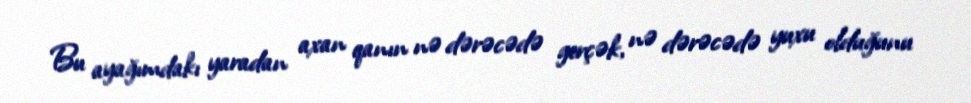
Bu ayağımdakı yaradan axan qanın nə dərəcədə gerçək, nə dərəcədə yuxu olduğunu